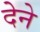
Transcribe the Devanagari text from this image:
देेने